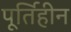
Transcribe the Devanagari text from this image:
पूर्तिहीन